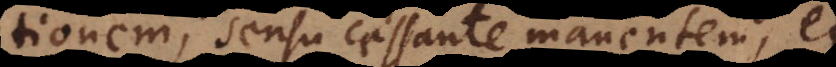
nationem, sensu cessante manentem, et